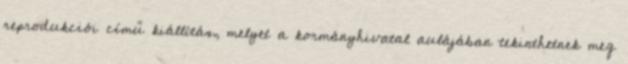
reprodukciói című kiállítás, melyet a kormányhivatal aulájában tekinthetnek meg